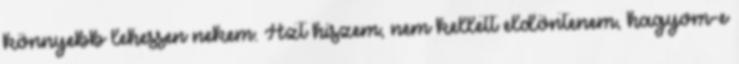
könnyebb lehessen nekem. Azt hiszem, nem kellett eldöntenem, hagyom-e